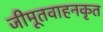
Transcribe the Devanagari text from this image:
जीमूतवाहनकृत